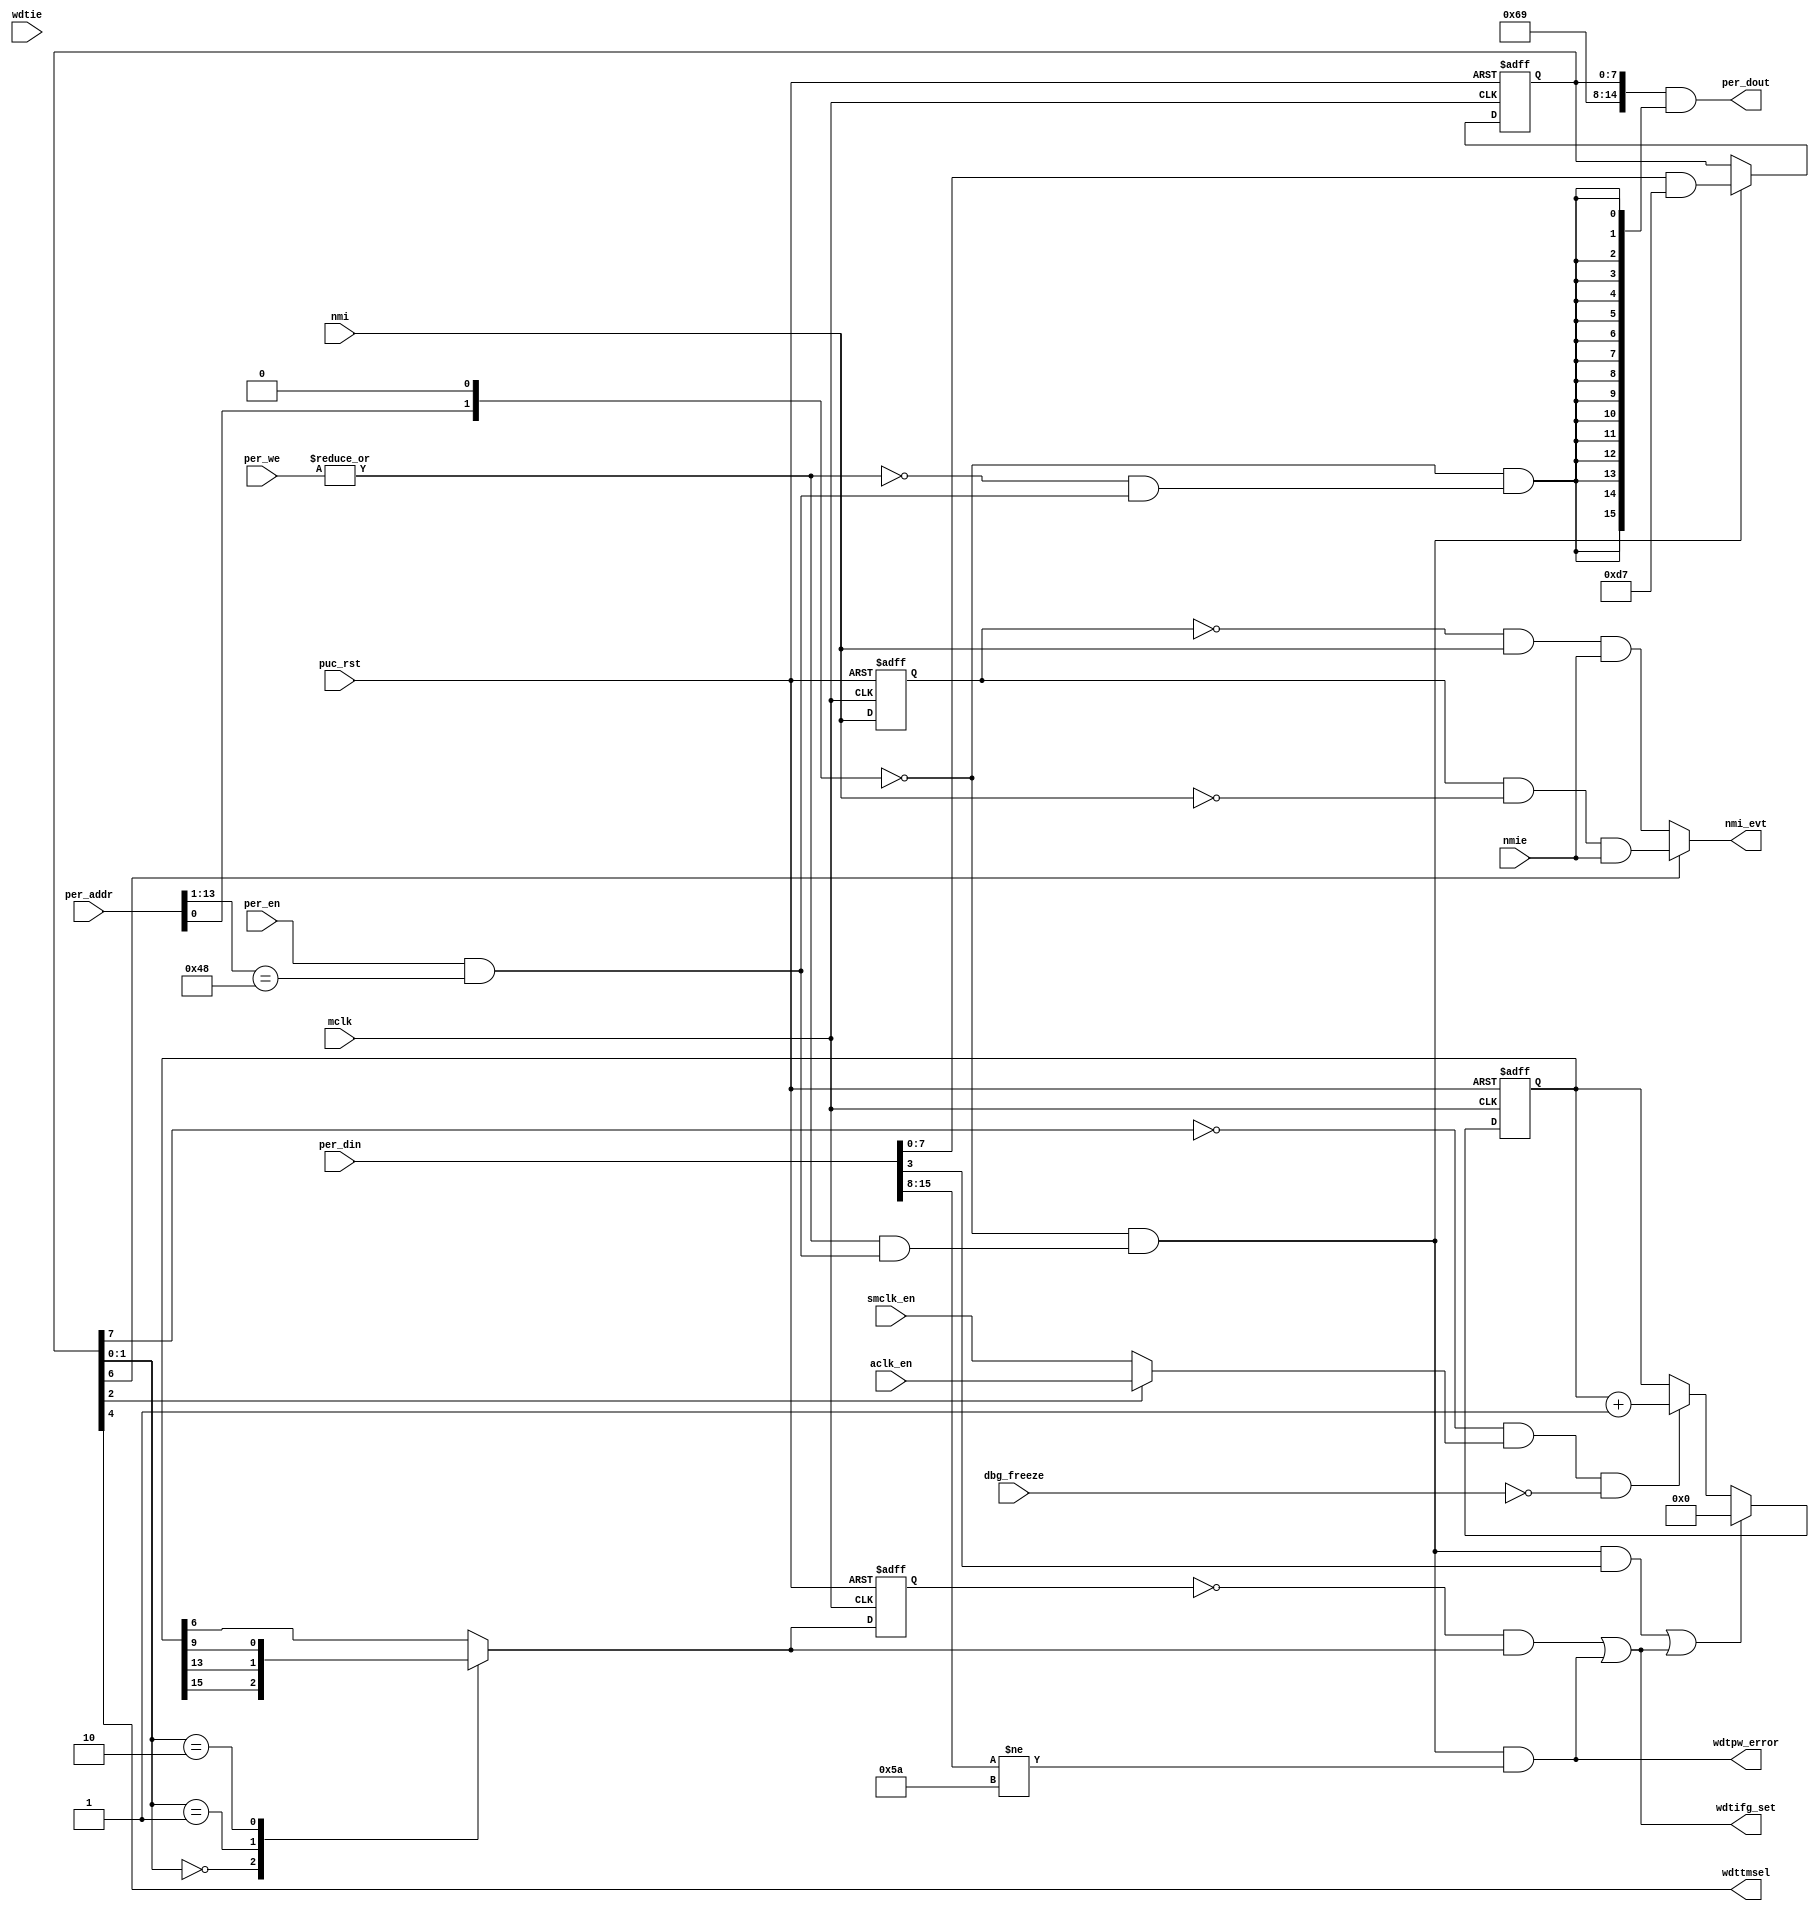
module  omsp_watchdog (

// OUTPUTs
    nmi_evt,                        // NMI Event
    per_dout,                       // Peripheral data output
    wdtifg_set,                     // Set Watchdog-timer interrupt flag
    wdtpw_error,                    // Watchdog-timer password error
    wdttmsel,                       // Watchdog-timer mode select

// INPUTs
    aclk_en,                        // ACLK enable
    dbg_freeze,                     // Freeze Watchdog counter
    mclk,                           // Main system clock
    nmi,                            // Non-maskable interrupt (asynchronous)
    nmie,                           // Non-maskable interrupt enable
    per_addr,                       // Peripheral address
    per_din,                        // Peripheral data input
    per_en,                         // Peripheral enable (high active)
    per_we,                         // Peripheral write enable (high active)
    puc_rst,                        // Main system reset
    smclk_en,                       // SMCLK enable
    wdtie                           // Watchdog timer interrupt enable
);

// OUTPUTs
//=========
output              nmi_evt;        // NMI Event
output       [15:0] per_dout;       // Peripheral data output
output              wdtifg_set;     // Set Watchdog-timer interrupt flag
output              wdtpw_error;    // Watchdog-timer password error
output              wdttmsel;       // Watchdog-timer mode select

// INPUTs
//=========
input               aclk_en;        // ACLK enable
input               dbg_freeze;     // Freeze Watchdog counter
input               mclk;           // Main system clock
input               nmi;            // Non-maskable interrupt (asynchronous)
input               nmie;           // Non-maskable interrupt enable
input        [13:0] per_addr;       // Peripheral address
input        [15:0] per_din;        // Peripheral data input
input               per_en;         // Peripheral enable (high active)
input         [1:0] per_we;         // Peripheral write enable (high active)
input               puc_rst;        // Main system reset
input               smclk_en;       // SMCLK enable
input               wdtie;          // Watchdog timer interrupt enable


//=============================================================================
// 1)  PARAMETER DECLARATION
//=============================================================================

// Register base address (must be aligned to decoder bit width)
parameter       [14:0] BASE_ADDR   = 15'h0120;

// Decoder bit width (defines how many bits are considered for address decoding)
parameter              DEC_WD      =  2;

// Register addresses offset
parameter [DEC_WD-1:0] WDTCTL      = 'h0;

// Register one-hot decoder utilities
parameter              DEC_SZ      =  2**DEC_WD;
parameter [DEC_SZ-1:0] BASE_REG    =  {{DEC_SZ-1{1'b0}}, 1'b1};

// Register one-hot decoder
parameter [DEC_SZ-1:0] WDTCTL_D    = (BASE_REG << WDTCTL);


//============================================================================
// 2)  REGISTER DECODER
//============================================================================

// Local register selection
wire              reg_sel   =  per_en & (per_addr[13:DEC_WD-1]==BASE_ADDR[14:DEC_WD]);

// Register local address
wire [DEC_WD-1:0] reg_addr  =  {per_addr[DEC_WD-2:0], 1'b0};

// Register address decode
wire [DEC_SZ-1:0] reg_dec   =  (WDTCTL_D & {DEC_SZ{(reg_addr==WDTCTL)}});

// Read/Write probes
wire              reg_write =  |per_we & reg_sel;
wire              reg_read  = ~|per_we & reg_sel;

// Read/Write vectors
wire [DEC_SZ-1:0] reg_wr    = reg_dec & {DEC_SZ{reg_write}};
wire [DEC_SZ-1:0] reg_rd    = reg_dec & {DEC_SZ{reg_read}};


//============================================================================
// 3) REGISTERS
//============================================================================

// WDTCTL Register
//-----------------
// WDTNMI & WDTSSEL are not implemented and therefore masked
   
reg  [7:0] wdtctl;

wire       wdtctl_wr = reg_wr[WDTCTL];

always @ (posedge mclk or posedge puc_rst)
  if (puc_rst)        wdtctl <=  8'h00;
  else if (wdtctl_wr) wdtctl <=  per_din[7:0] & 8'hd7;

wire       wdtpw_error = wdtctl_wr & (per_din[15:8]!=8'h5a);
wire       wdttmsel    = wdtctl[4];


//============================================================================
// 3) REGISTERS
//============================================================================

// Data output mux
wire [15:0] wdtctl_rd  = {8'h69, wdtctl}  & {16{reg_rd[WDTCTL]}};

wire [15:0] per_dout   =  wdtctl_rd;


//=============================================================================
// 4)  NMI GENERATION
//=============================================================================

// Synchronization
wire   nmi_s;
`ifdef SYNC_NMI
omsp_sync_cell sync_cell_nmi (
    .data_out (nmi_s),
    .clk      (mclk),
    .data_in  (nmi),
    .rst      (puc_rst)
);
`else
assign nmi_s = nmi;
`endif
   
// Delay
reg  nmi_dly;
always @ (posedge mclk or posedge puc_rst)
  if (puc_rst) nmi_dly <= 1'b0;
  else         nmi_dly <= nmi_s;

// Edge detection
wire        nmi_re    = ~nmi_dly &  nmi_s & nmie;
wire        nmi_fe    =  nmi_dly & ~nmi_s & nmie;

// NMI event
wire        nmi_evt   = wdtctl[6] ? nmi_fe : nmi_re;


//=============================================================================
// 5)  WATCHDOG TIMER
//=============================================================================

// Watchdog clock source selection
//---------------------------------
wire  clk_src_en = wdtctl[2] ? aclk_en : smclk_en;


// Watchdog 16 bit counter
//--------------------------
reg [15:0] wdtcnt;

wire       wdtcnt_clr = (wdtctl_wr & per_din[3]) | wdtifg_set;

always @ (posedge mclk or posedge puc_rst)
  if (puc_rst)                                    wdtcnt <= 16'h0000;
  else if (wdtcnt_clr)                            wdtcnt <= 16'h0000;
  else if (~wdtctl[7] & clk_src_en & ~dbg_freeze) wdtcnt <= wdtcnt+16'h0001;

   
// Interval selection mux
//--------------------------
reg        wdtqn;

always @(wdtctl or wdtcnt)
    case(wdtctl[1:0])
      2'b00  : wdtqn =  wdtcnt[15];
      2'b01  : wdtqn =  wdtcnt[13];
      2'b10  : wdtqn =  wdtcnt[9];
      default: wdtqn =  wdtcnt[6];
    endcase


// Watchdog event detection
//-----------------------------
reg        wdtqn_dly;

always @ (posedge mclk or posedge puc_rst)
  if (puc_rst) wdtqn_dly <= 1'b0;
  else         wdtqn_dly <= wdtqn;

wire       wdtifg_set =  (~wdtqn_dly & wdtqn) | wdtpw_error;


endmodule